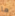
ما